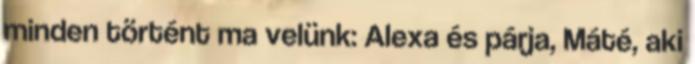
minden történt ma velünk: Alexa és párja, Máté, aki